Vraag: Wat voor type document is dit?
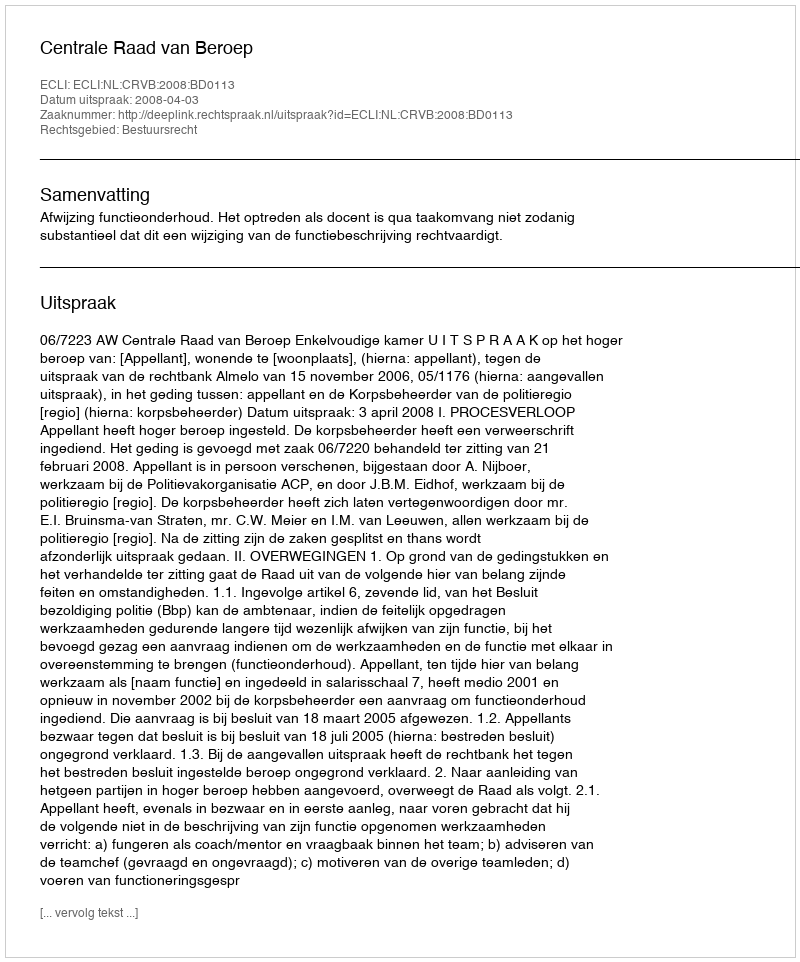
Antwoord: Uitspraak